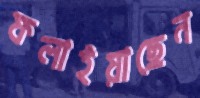
ফলাইয়াছেন